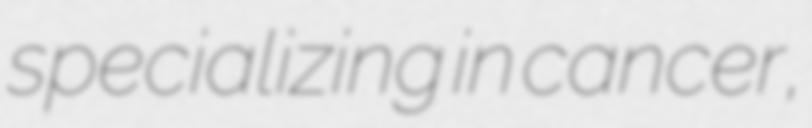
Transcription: specializing in cancer,